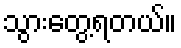
သွားတွေ့ရတယ်။